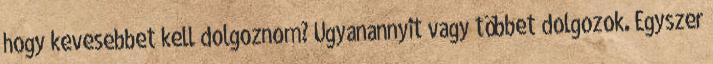
hogy kevesebbet kell dolgoznom? Ugyanannyit vagy többet dolgozok. Egyszer